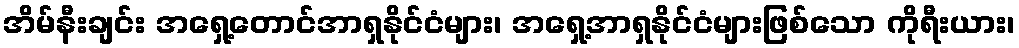
အိမ်နီးချင်း အရှေ့တောင်အာရှနိုင်ငံများ၊ အရှေ့အာရှနိုင်ငံများဖြစ်သော ကိုရီးယား၊